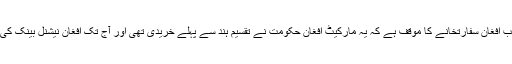
دوسری جانب افغان سفارتخانے کا موقف ہے کہ یہ مارکیٹ افغان حکومت نے تقسیم ہند سے پہلے خریدی تھی اور آج تک افغان نیشنل بینک کی ملکیت ہے۔